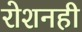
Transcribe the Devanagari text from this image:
रोशनही